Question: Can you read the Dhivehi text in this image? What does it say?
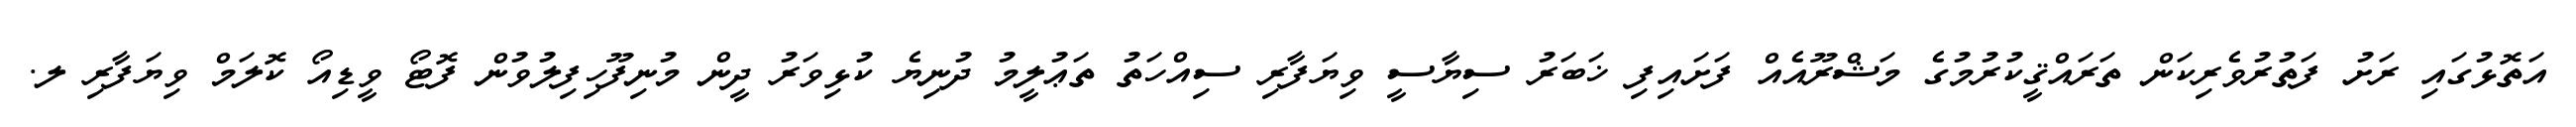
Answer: އަތޮޅުގައި ރަށު ފަތުރުވެރިކަން ތަރައްޤީކުރުމުގެ މަޝްރޫއެއް ފަށައިފި ޚަބަރު ސިޔާސީ ވިޔަފާރި ސިއްހަތު ތަޢުލީމު ދުނިޔެ ކުޅިވަރު ދީން މުނިފޫހިފިލުވުން ފޮޓޯ ވީޑިއޯ ކޮލަމް ވިޔަފާރި ލ.